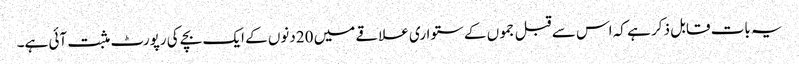
یہ بات قابل ذکر ہے کہ اس سے قبل جموں کے ستواری علاقے میں 20دنوں کے ایک بچے کی رپورٹ مثبت آئی ہے۔